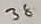
Text: 38